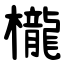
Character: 櫳